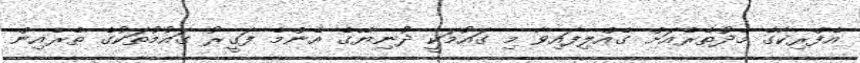
އެފްރިކާގެ މެދުތެރެއަށް ގެއްލިފައިވާ މި ގައުމަކީ ދުނިޔޭގެ އެންމެ ފަގީރު ގައުމުތަކުގެ ތެރެއިން